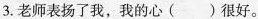
3.老师表扬了我，我的心( )很好。